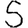
Digit: 5